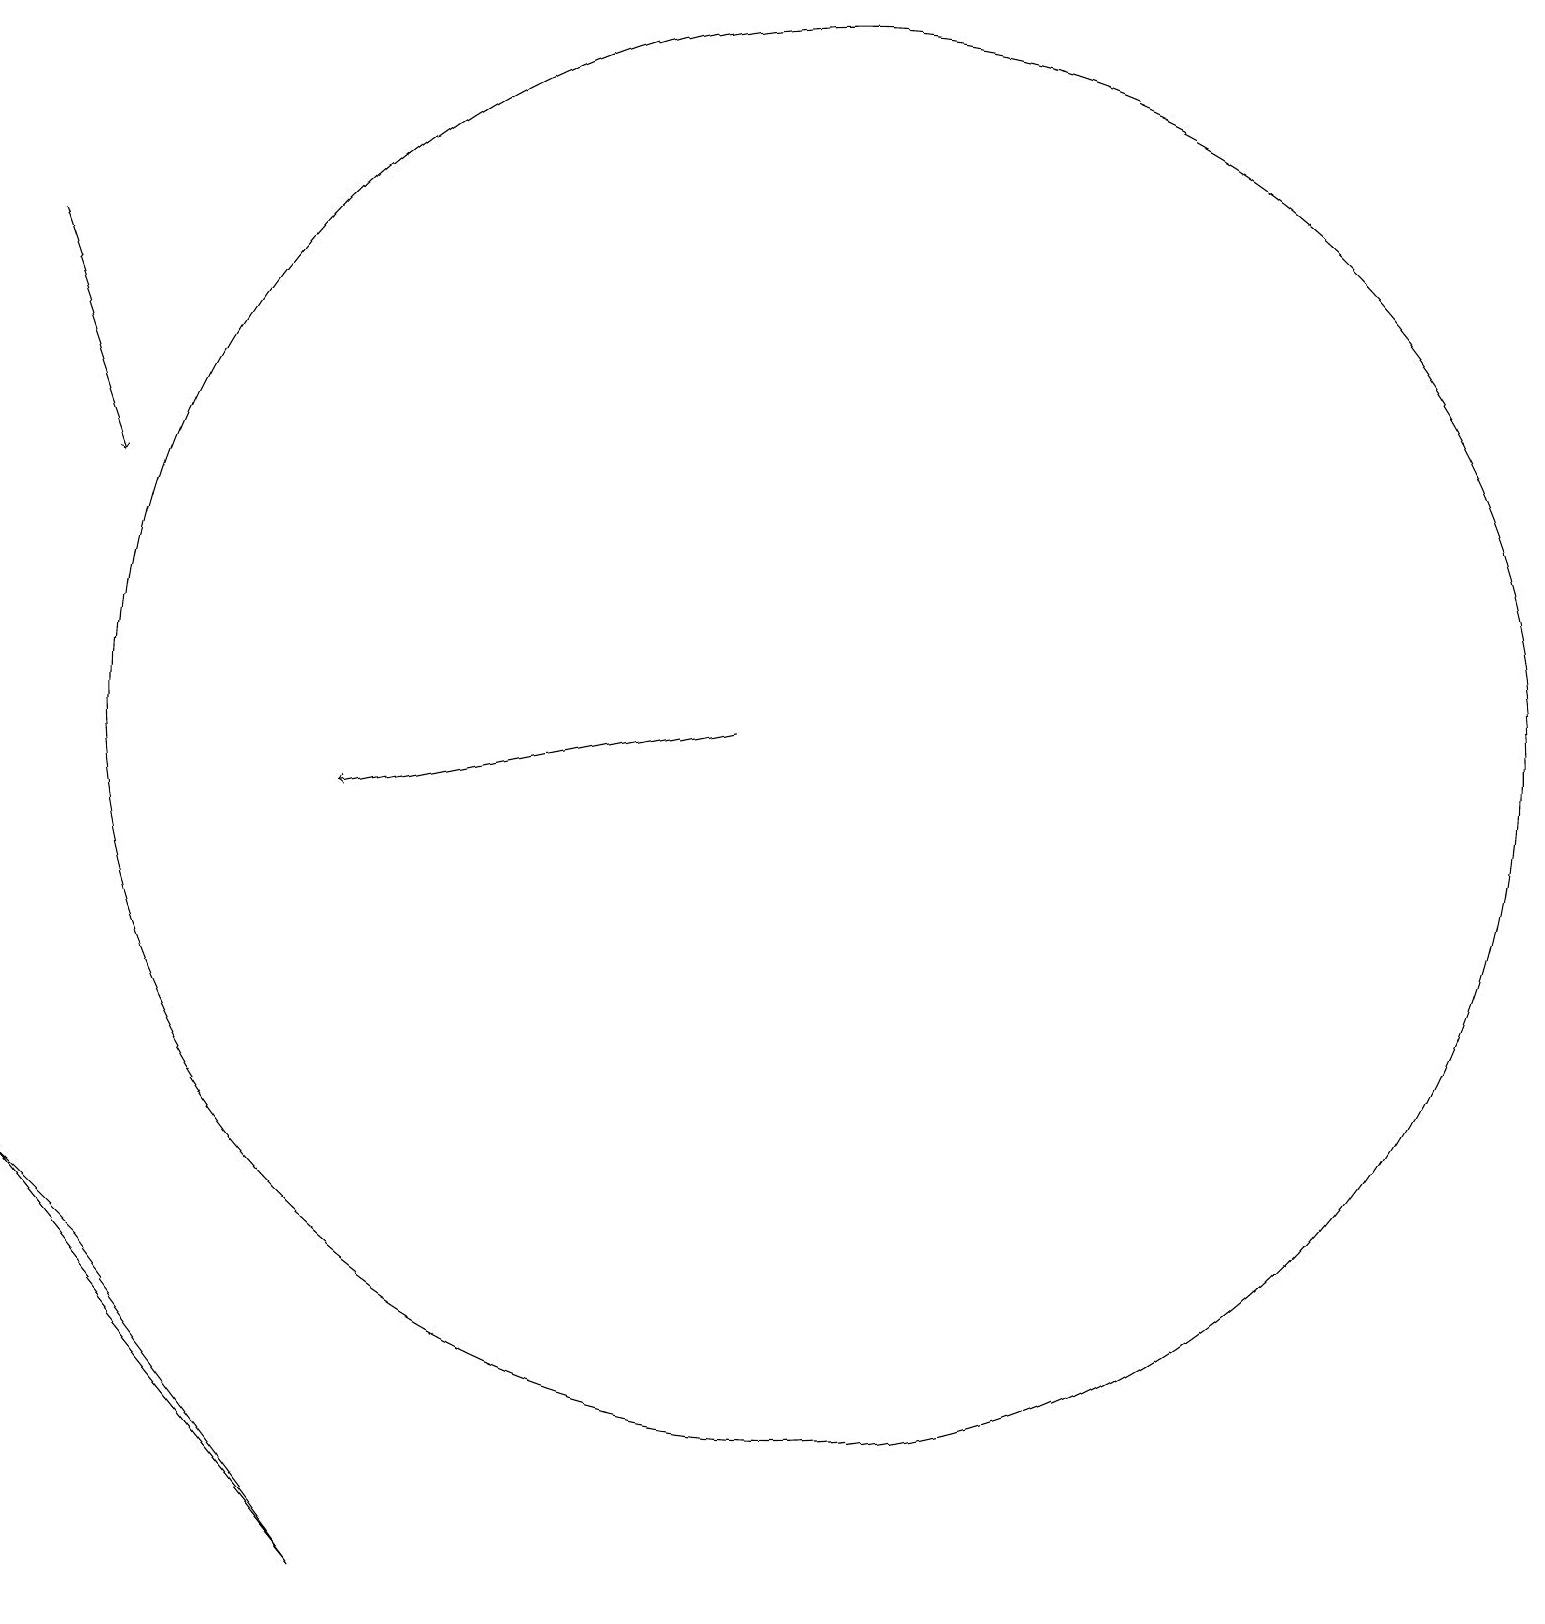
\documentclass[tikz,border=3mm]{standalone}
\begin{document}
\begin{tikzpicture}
\draw[->] (0,17) -- (1,14);
\draw (10,11) circle (9);
\draw (4,0) -- (1,4) -- (0,5) -- cycle;
\draw[->] (9,11) -- (4,10);
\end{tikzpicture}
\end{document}